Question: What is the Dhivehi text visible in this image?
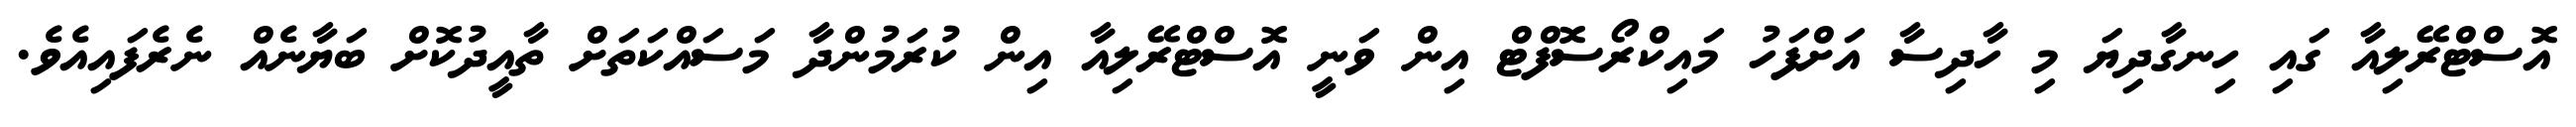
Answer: އޮސްޓްރޭލިއާ ގައި ހިނގާދިޔަ މި ހާދިސާ އަށްފަހު މައިކްރޯސޮފްޓް އިން ވަނީ އޮސްޓްރޭލިއާ އިން ކުރަމުންދާ މަސައްކަތަށް ތާއީދުކޮށް ބަޔާނެއް ނެރެފައިއެވެ.